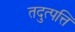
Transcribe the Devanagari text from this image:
तदुत्पत्ति